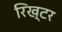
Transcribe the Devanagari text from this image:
रिख्टर